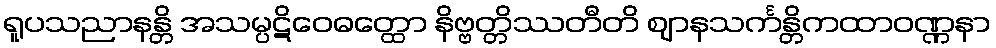
ရူပသညာနန္တိ အသမ္ပဋိဝေဓတ္ထော နိဗ္ဗတ္တိဿတီတိ ဈာနသင်္ကန္တိကထာဝဏ္ဏနာ